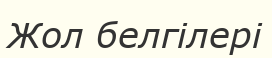
Жол белгілері